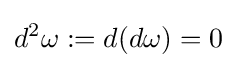
d^{2}\omega :=d(d\omega )=0